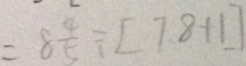
= 8 \frac { 4 } { 5 } \div [ 7 . 8 + 1 ]